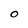
Character: O